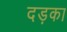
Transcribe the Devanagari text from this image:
दड़का